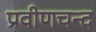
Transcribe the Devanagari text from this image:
प्रवीणचन्द